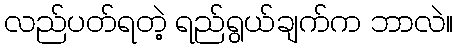
လည်ပတ်ရတဲ့ ရည်ရွယ်ချက်က ဘာလဲ။